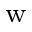
_ \mathrm { w }